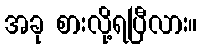
အခု စားလို့ရပြီလား။